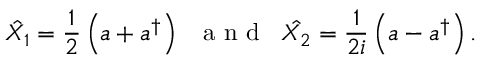
\hat { X _ { 1 } } = \frac { 1 } { 2 } \left( a + a ^ { \dagger } \right) \; \; \mathrm { ~ a ~ n ~ d ~ } \; \; \hat { X _ { 2 } } = \frac { 1 } { 2 i } \left( a - a ^ { \dagger } \right) .